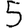
Digit: 5